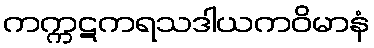
ကက္ကဋကရသဒါယကဝိမာနံ